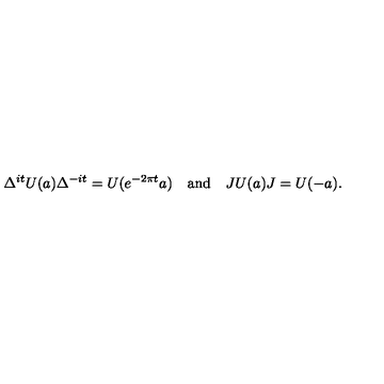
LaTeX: \Delta ^ { i t } U ( a ) \Delta ^ { - i t } = U ( e ^ { - 2 \pi t } a ) \quad \mathrm { a n d } \quad J U ( a ) J = U ( - a ) .